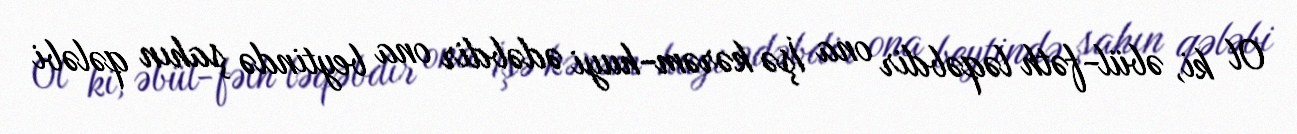
Ol ki, əbül-fəth ləqəbdir ona İşə kərəm-huyi ədəbdir ona beytində şahın qələbi